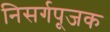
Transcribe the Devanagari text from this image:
निसर्गपूजक